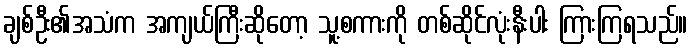
ချစ်ဦး၏အသံက အကျယ်ကြီးဆိုတော့ သူ့စကားကို တစ်ဆိုင်လုံးနီးပါး ကြားကြရသည်။